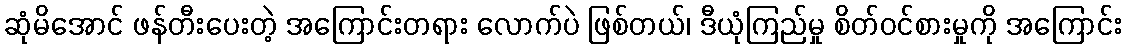
ဆုံမိအောင် ဖန်တီးပေးတဲ့ အကြောင်းတရား လောက်ပဲ ဖြစ်တယ်၊ ဒီယုံကြည်မှု စိတ်ဝင်စားမှုကို အကြောင်း